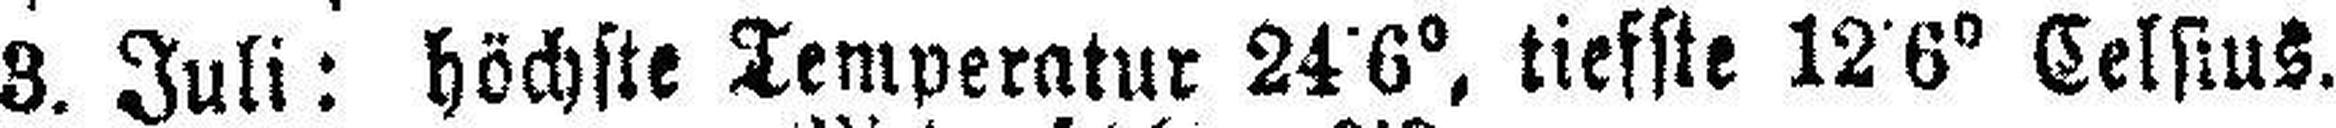
3. Juli: höchste Temperatur 24˙6°, tiefste 12˙6° Celsius.